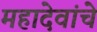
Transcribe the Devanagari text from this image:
महादेवांचे